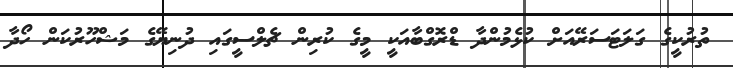
ތުރުކީގެ ގަލަޓަސަރޭއަށް ކުޅެމުންދާ ޑްރޮގްބާއަކީ މީގެ ކުރިން ޗެލްސީގައި ދުނިޔޭގެ މަޝްހޫރުކަން ހޯދާ